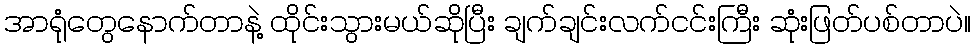
အာရုံတွေနောက်တာနဲ့ ထိုင်းသွားမယ်ဆိုပြီး ချက်ချင်းလက်ငင်းကြီး ဆုံးဖြတ်ပစ်တာပဲ။